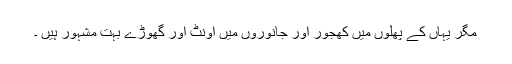
مگر یہاں کے پھلوں میں کھجور اور جانوروں میں اونٹ اور گھوڑے بہت مشہور ہیں ۔